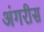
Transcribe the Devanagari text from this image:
अंगरीस